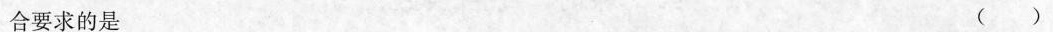
合要求的是 ()